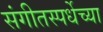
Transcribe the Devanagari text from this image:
संगीतस्पर्धेच्या